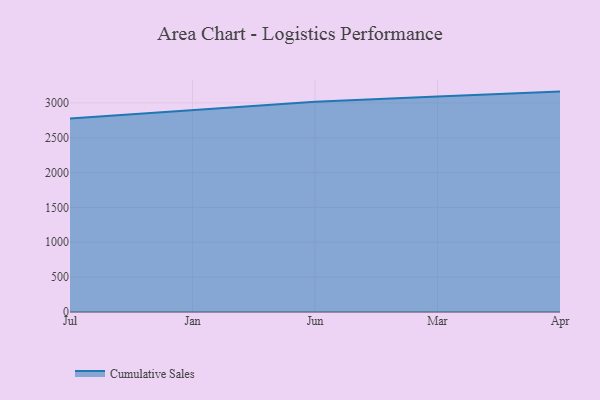
{"axis": {"x": "Month", "y": "Operating Costs (USD K)"}, "legend": ["Cumulative Sales"], "data": [{"x": "Jul", "y": 2776.1, "type": "Cumulative Sales"}, {"x": "Jan", "y": 2899.7, "type": "Cumulative Sales"}, {"x": "Jun", "y": 3017.0, "type": "Cumulative Sales"}, {"x": "Mar", "y": 3089.8, "type": "Cumulative Sales"}, {"x": "Apr", "y": 3161.5, "type": "Cumulative Sales"}]}